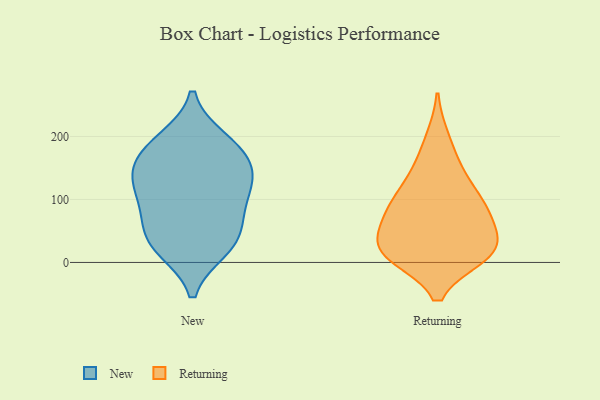
{"axis": {"x": "Churn Rate (%)", "y": "Value"}, "legend": ["New", "Returning"], "data": [{"x": "", "y": 172, "type": "New"}, {"x": "", "y": 79, "type": "New"}, {"x": "", "y": 25, "type": "New"}, {"x": "", "y": 100, "type": "New"}, {"x": "", "y": 188, "type": "New"}, {"x": "", "y": 153, "type": "New"}, {"x": "", "y": 22, "type": "New"}, {"x": "", "y": 119, "type": "New"}, {"x": "", "y": 130, "type": "New"}, {"x": "", "y": 194, "type": "New"}, {"x": "", "y": 140, "type": "New"}, {"x": "", "y": 36, "type": "New"}, {"x": "", "y": 57, "type": "New"}, {"x": "", "y": 95, "type": "Returning"}, {"x": "", "y": 19, "type": "Returning"}, {"x": "", "y": 94, "type": "Returning"}, {"x": "", "y": 28, "type": "Returning"}, {"x": "", "y": 13, "type": "Returning"}, {"x": "", "y": 197, "type": "Returning"}, {"x": "", "y": 138, "type": "Returning"}, {"x": "", "y": 93, "type": "Returning"}, {"x": "", "y": 11, "type": "Returning"}, {"x": "", "y": 45, "type": "Returning"}, {"x": "", "y": 75, "type": "Returning"}, {"x": "", "y": 150, "type": "Returning"}, {"x": "", "y": 13, "type": "Returning"}, {"x": "", "y": 16, "type": "Returning"}, {"x": "", "y": 68, "type": "Returning"}]}